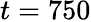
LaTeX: t=750